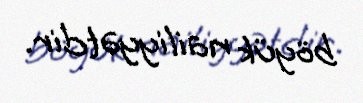
böyük nailiyyətdir.